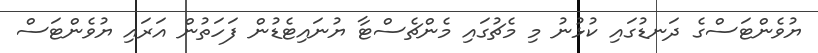
ޔުވެންޓަސްގެ ދަނޑުގައި ކުޅުނު މި މެޗުގައި މެންޗެސްޓާ ޔުނައިޓެޑުން ފަހަތުން އަރައި ޔުވެންޓަސް